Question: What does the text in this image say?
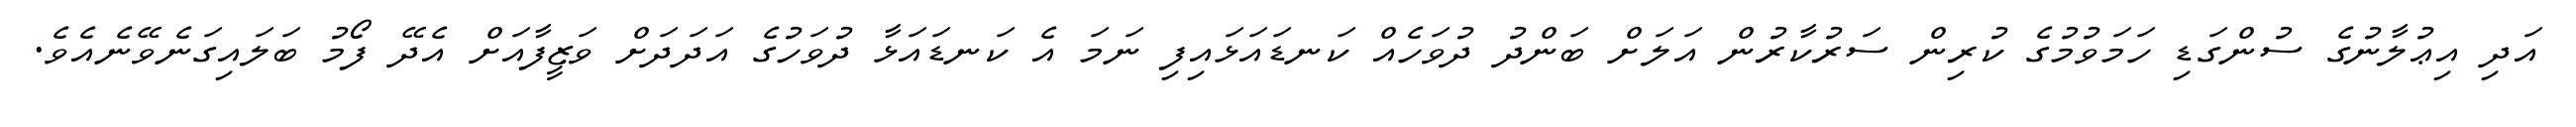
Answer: އަދި އިޢުލާނުގެ ސުންގަޑި ހަމަވުމުގެ ކުރިން ސަރުކާރުން އަލަށް ބަންދު ދުވަހެއް ކަނޑައަޅައިފި ނަމަ އެ ކަނޑައަޅާ ދުވަހުގެ އަދަދަށް ވަޒީފާއަށް އެދޭ ފޯމު ބަލައިގަނެވޭނެއެވެ.